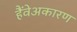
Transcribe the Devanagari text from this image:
हैंवेअकारण